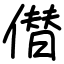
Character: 僣